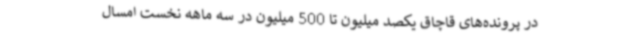
در پرونده‌های قاچاق یکصد میلیون تا 500 میلیون در سه ماهه نخست امسال